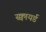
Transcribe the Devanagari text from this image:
स्क्वायर्ड